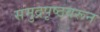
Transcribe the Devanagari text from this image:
समुद्रपृष्ठवरून